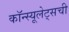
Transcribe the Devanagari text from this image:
कॉन्स्यूलेट्सची